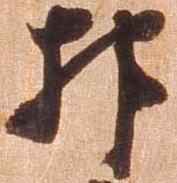
抑